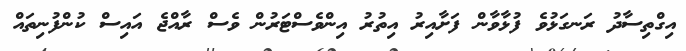
އިގްތިސާދު ރަނގަޅުވެ ފުޅާވާން ފަށާއިރު އިތުރު އިންވެސްޓަރުން ވެސް ރާއްޖެ އައިސް ކުންފުނިތައް